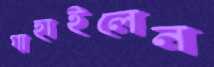
গাহাইলেন